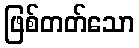
ဖြစ်တတ်သော